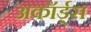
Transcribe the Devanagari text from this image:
अकॉर्ड्स